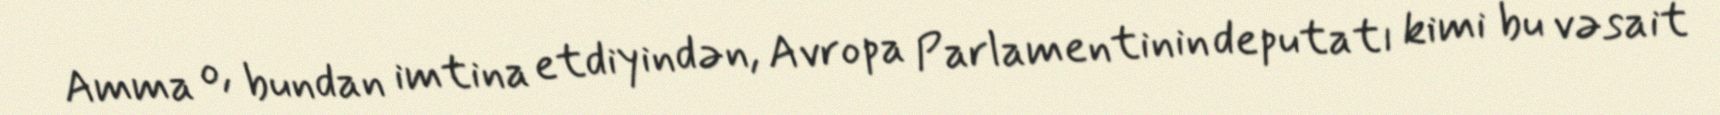
Amma o, bundan imtina etdiyindən, Avropa Parlamentinin deputatı kimi bu vəsait